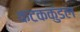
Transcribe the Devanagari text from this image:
कटककुंडल